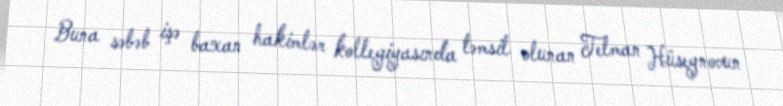
Buna səbəb işə baxan hakimlər kollegiyasında təmsil olunan Telman Hüseynovun